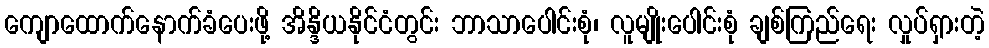
ကျောထောက်နောက်ခံပေးဖို့ အိန္ဒိယနိုင်ငံတွင်း ဘာသာပေါင်းစုံ၊ လူမျိုးပေါင်းစုံ ချစ်ကြည်ရေး လှုပ်ရှားတဲ့